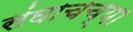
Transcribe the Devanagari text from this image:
संघाचच्या